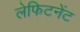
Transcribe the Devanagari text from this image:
लेफिटनेंट